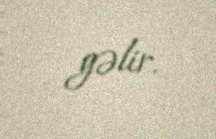
gəlir.